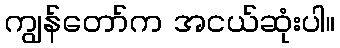
ကျွန်တော်က အငယ်ဆုံးပါ။